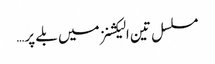
مسلسل تین الیکشنز میں بلے پر…